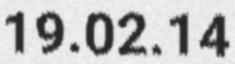
19.02.14